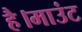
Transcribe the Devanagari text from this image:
है।माउंट